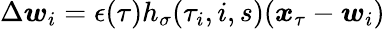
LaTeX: \Delta\boldsymbol{w}_{i}=\epsilon(\tau)h_{\sigma}(\tau_{i},i,s)(\boldsymbol{x}_{\tau}-\boldsymbol{w}_{i})